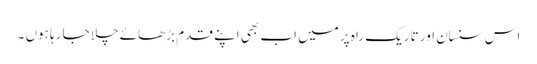
اس سنسان اور تاریک راہ پر میں اب بھی اپنے قدم بڑھائے چلا جا رہا ہوں ۔